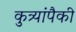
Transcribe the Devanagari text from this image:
कुत्र्यांपैकी